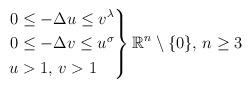
\begin{align*} \left. \begin{aligned} 0 & \le -\Delta u\le v^\lambda\\ 0 & \le -\Delta v\le u^\sigma\\ u & >1, \, v>1 \end{aligned} \right\} \mathbb{R}^n \setminus \{0\}, \, n\geq 3 \end{align*}